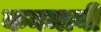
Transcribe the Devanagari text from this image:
कनमानी